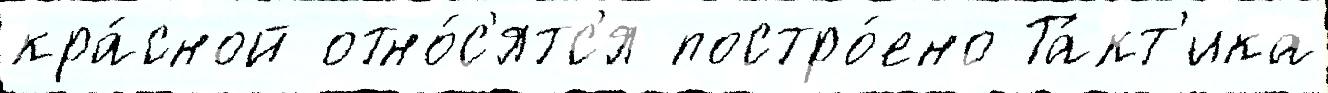
кра́сной отно́с'ятс'я постро́ено Та́кт'ика